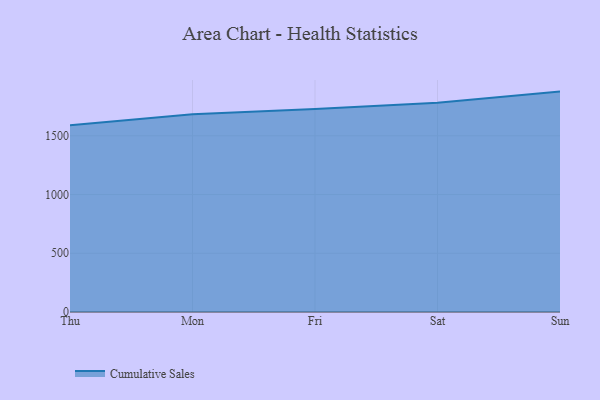
{"axis": {"x": "Day", "y": "Market Share (%)"}, "legend": ["Cumulative Sales"], "data": [{"x": "Thu", "y": 1591.2, "type": "Cumulative Sales"}, {"x": "Mon", "y": 1683.6, "type": "Cumulative Sales"}, {"x": "Fri", "y": 1729.0, "type": "Cumulative Sales"}, {"x": "Sat", "y": 1781.1, "type": "Cumulative Sales"}, {"x": "Sun", "y": 1876.7, "type": "Cumulative Sales"}]}